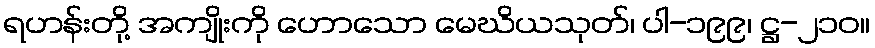
ရဟန်းတို့ အကျိုးကို ဟောသော မေဃိယသုတ်၊ ပါ-၁၉၉၊ ဋ္ဌ-၂၁၀။